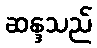
ဆန္ဒသည်